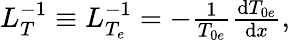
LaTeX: \begin{array}{r}{L_{T}^{-1}\equiv L_{T_{e}}^{-1}=-\frac{1}{T_{0e}}\frac{\mathrm{d}T_{0e}}{\mathrm{d}x},}\end{array}